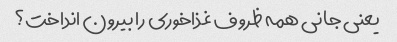
یعنی جانی همه ظروف غذاخوری را بیرون انداخت؟